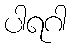
ပါရဂါ